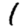
Digit: 1